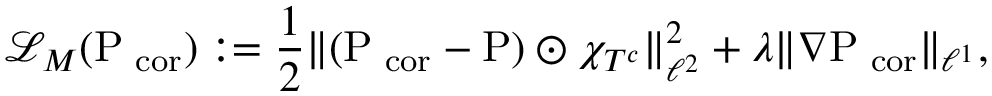
\mathcal L _ { M } ( \mathrm { \mathrm { P } } _ { \mathrm { \footnotesize ~ c o r } } ) : = \frac { 1 } { 2 } \| ( \mathrm { \mathrm { P } } _ { \mathrm { \footnotesize ~ c o r } } - \mathrm { \mathrm { P } } ) \odot \chi _ { T ^ { c } } \| _ { \ell ^ { 2 } } ^ { 2 } + \lambda \| \nabla \mathrm { \mathrm { P } } _ { \mathrm { \footnotesize ~ c o r } } \| _ { \ell ^ { 1 } } ,